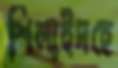
শিলাইদহে